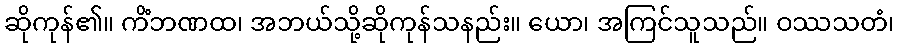
ဆိုကုန်၏။ ကိံဘဏထ၊ အဘယ်သို့ဆိုကုန်သနည်း။ ယော၊ အကြင်သူသည်။ ဝဿသတံ၊